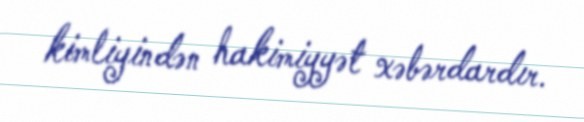
kimliyindən hakimiyyət xəbərdardır.